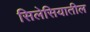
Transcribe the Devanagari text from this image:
सिलेसियातील